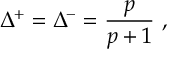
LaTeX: \Delta ^ { + } = \Delta ^ { - } = \frac { p } { p + 1 } \, \, ,